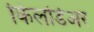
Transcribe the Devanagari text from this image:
किलडिअर